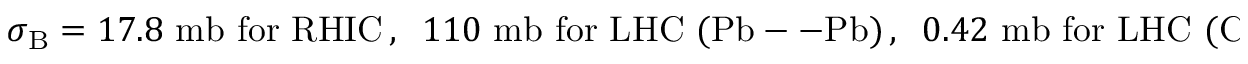
\sigma _ { \mathrm { B } } = 1 7 . 8 { \mathrm { ~ m b ~ f o r ~ R H I C } } \, , \; \; 1 1 0 { \mathrm { ~ m b ~ f o r ~ L H C ~ ( P b - - P b ) } } \, , \; \; 0 . 4 2 { \mathrm { ~ m b ~ f o r ~ L H C ~ ( C a - - C a ) } } \, .